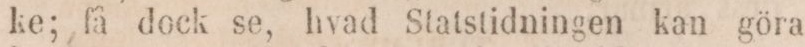
ke; få dock se, hvad Statstidningen kan göra